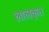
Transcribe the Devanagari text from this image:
लालकृत